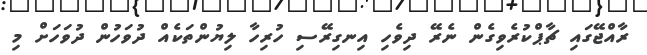
ރާއްޖޭގައި ޗާޕްކުރެވިގެން ނެރޭ ދިވެހި އިނގިރޭސި ހުރިހާ ލިޔުންތަކެއް ދުވަހުން ދުވަހަށް މި